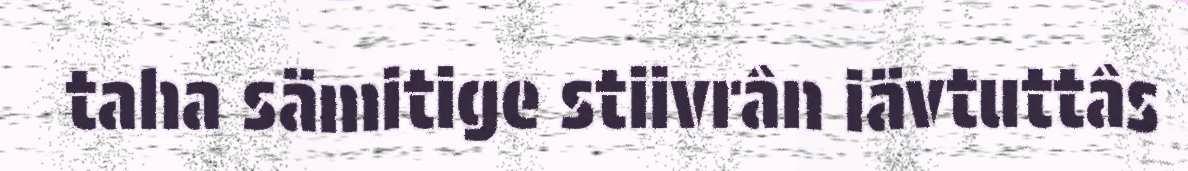
taha sämitige stiivrân iävtuttâs